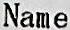
NAME